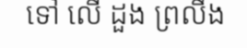
ទៅ លើ ដួង ព្រលឹង